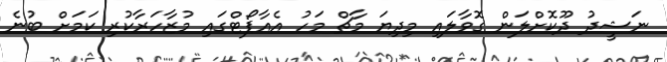
ނަޝީދު ދޫކޮށްލަން ގޮވާލައި މިދިޔަ މާޗް މަހު އެއާޕޯޓްގައި މުޒާހަރާކުރި ކަމަށް ބުނެ